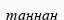
таңнан